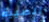
الصبية